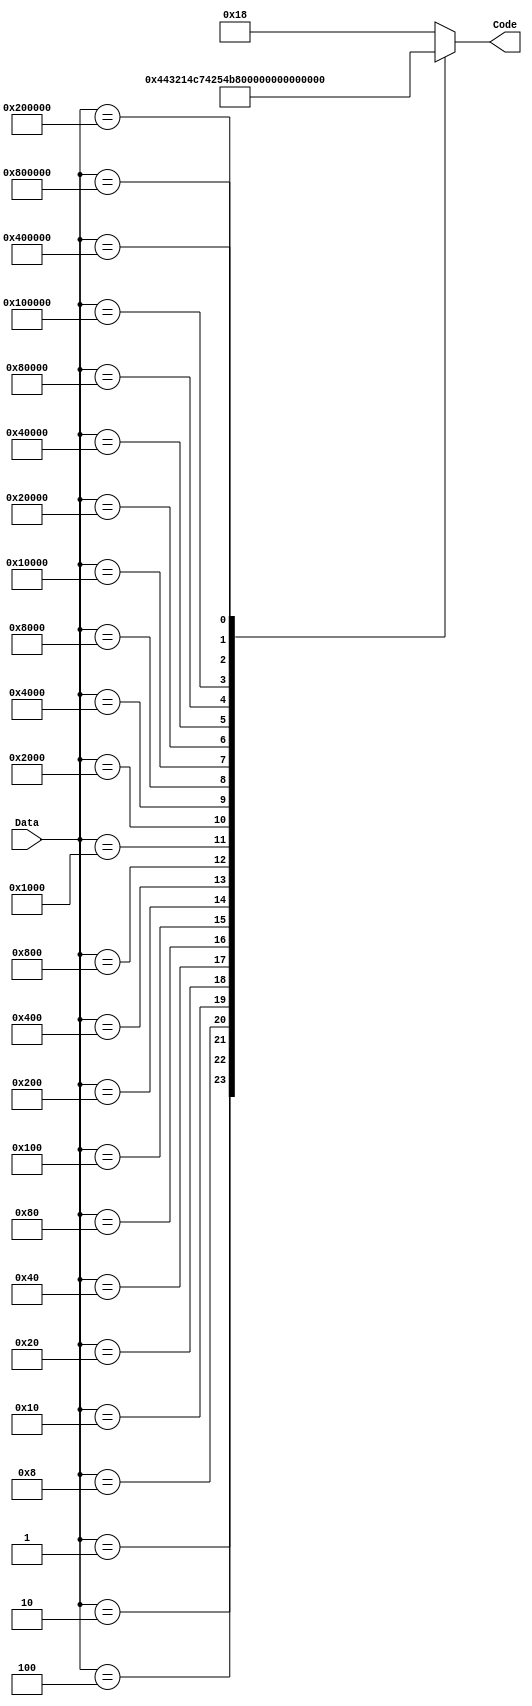
module encoder (output reg[4:0] Code, input wire [31:0] Data);
	always @(*) begin
		casex(Data) //change to case, treats x and z in data as 0
			32'h00000001	:	Code <= 5'd0;
			32'h00000002	:	Code <= 5'd1; 
			32'h00000004	:	Code <= 5'd2; 
			32'h00000008	:	Code <= 5'd3; 
			32'h00000010	:	Code <= 5'd4; 
			32'h00000020	:	Code <= 5'd5; 
			32'h00000040	:	Code <= 5'd6; 
			32'h00000080	:	Code <= 5'd7; 
			32'h00000100	:	Code <= 5'd8; 
			32'h00000200	:	Code <= 5'd9; 
			32'h00000400	:	Code <= 5'd10; 
			32'h00000800	:	Code <= 5'd11; 
			32'h00001000	:	Code <= 5'd12; 
			32'h00002000	:	Code <= 5'd13; 
			32'h00004000	:	Code <= 5'd14; 
			32'h00008000	:	Code <= 5'd15; 
			32'h00010000	:	Code <= 5'd16; 
			32'h00020000 	:	Code <= 5'd17; 
			32'h00040000	:	Code <= 5'd18; 
			32'h00080000	:	Code <= 5'd19; 
			32'h00100000	:	Code <= 5'd20; 
			32'h00200000	:	Code <= 5'd21; 
			32'h00400000	:	Code <= 5'd22; 
			32'h00800000	:	Code <= 5'd23;
			default	:	Code = 5'd24;
		endcase
	end
endmodule